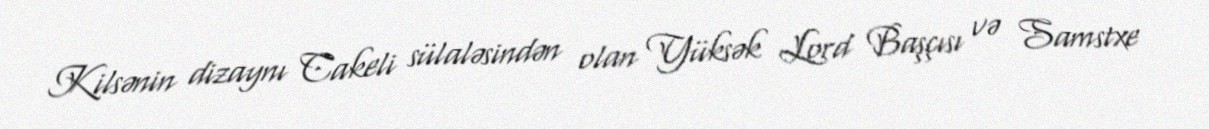
Kilsənin dizaynı Cakeli sülaləsindən olan Yüksək Lord Başçısı və Samstxe